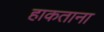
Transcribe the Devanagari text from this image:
हाकताना